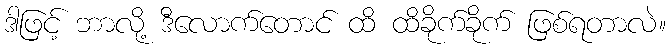
ဒါဖြင့် ဘာလို့ ဒီလောက်တောင် ထိ ထိခိုက်ခိုက် ဖြစ်ရတာလဲ။